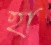
হা